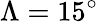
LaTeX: \Lambda=15^{\circ}